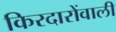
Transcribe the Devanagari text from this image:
किरदारोंवाली